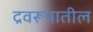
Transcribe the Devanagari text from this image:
द्रवरूपातील